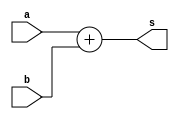
module adder32(a,b,s);
input[31:0] a;
input[31:0] b; 
output[31:0] s;

assign s=a+b;

endmodule